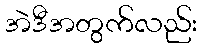
အဲဒီအတွက်လည်း